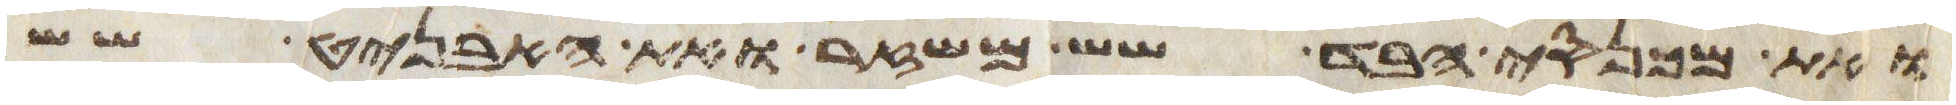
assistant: ואת מכנסי הבד שש משזר ואת האבניט שש